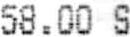
58.00 S